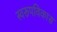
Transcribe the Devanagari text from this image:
स्वरूपविकास